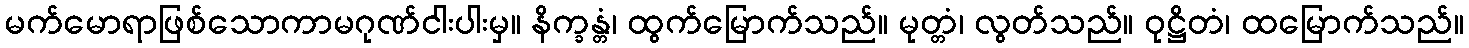
မက်မောရာဖြစ်သောကာမဂုဏ်ငါးပါးမှ။ နိက္ခန္တံ၊ ထွက်မြောက်သည်။ မုတ္တံ၊ လွတ်သည်။ ဝုဋ္ဌိတံ၊ ထမြောက်သည်။